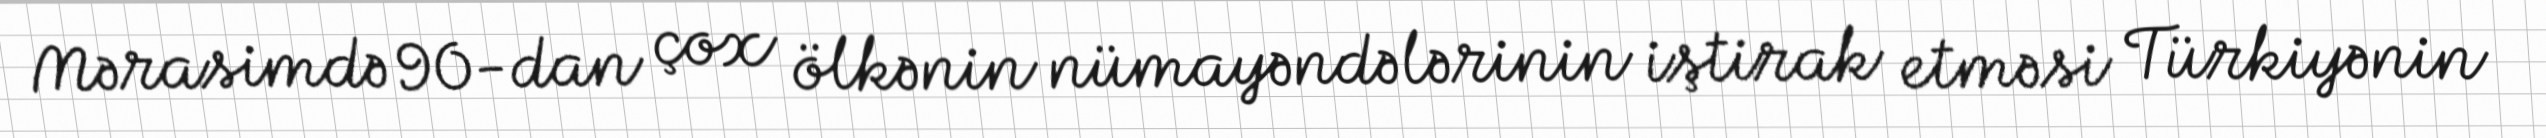
Mərasimdə 90-dan çox ölkənin nümayəndələrinin iştirak etməsi Türkiyənin